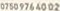
07509764007